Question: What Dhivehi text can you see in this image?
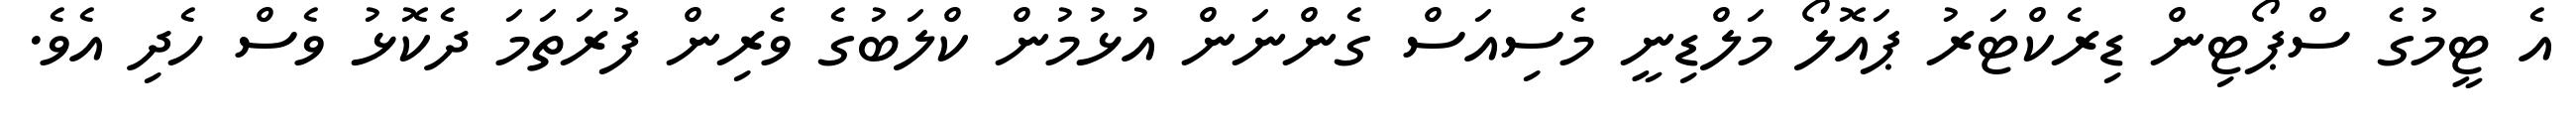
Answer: އެ ޓީމުގެ ސްޕޯޓިން ޑިރެކްޓަރު ޕައޮލޯ މަލްޑިނީ މެސިއަސް ގެންނަން އުޅުމުން ކްލަބުގެ ވެރިން ފުރަތަމަ ދެކޮޅު ވެސް ހެދި އެވެ.